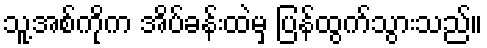
သူ့အစ်ကိုက အိပ်ခန်းထဲမှ ပြန်ထွက်သွားသည်။